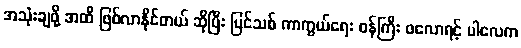
အသုံးချဖို့ အထိ ဖြစ်လာနိုင်တယ် ဆိုပြီး ပြင်သစ် ကာကွယ်ရေး ဝန်ကြီး ဖလောရင့် ပါလေက